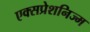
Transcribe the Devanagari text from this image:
एक्सप्रेशनिज्म